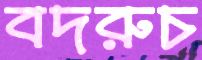
বদরুচ